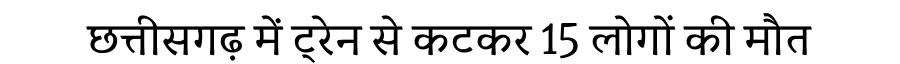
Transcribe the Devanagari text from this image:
छत्तीसगढ़ में ट्रेन से कटकर 15 लोगों की मौत